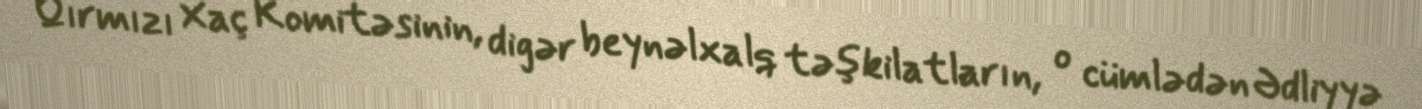
Qırmızı Xaç Komitəsinin, digər beynəlxalq təşkilatların, o cümlədən Ədliyyə